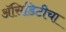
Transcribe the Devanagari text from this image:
अॅसिडिटीचा